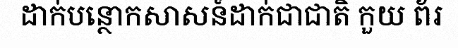
ដាក់បន្ថោកសាសន៍ដាក់ជាជាតិ កួយ ព័រ